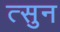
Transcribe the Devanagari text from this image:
त्सुन